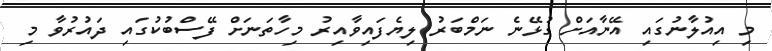
މި އިއުލާނުގައި އޭނާއަށް ގުޅޭނެ ނަމްބަރު ލިޔެފައިވާއިރު މިހާތަނަށް ފޭސްބުކުގައި ދައުރުވާ މި